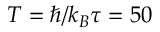
T = \hbar / k _ { B } \tau = 5 0